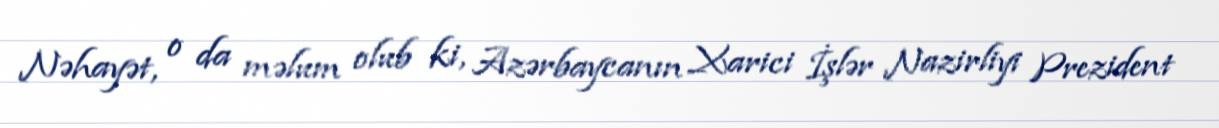
Nəhayət, o da məlum olub ki, Azərbaycanın Xarici İşlər Nazirliyi Prezident